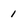
Character: 1